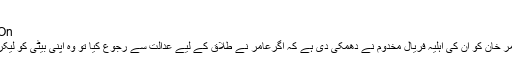
- پاک کالمنسٹ
On اگست 26, 2017 560
لندن(آئی این پی) باکسر عامر خان کو ان کی اہلیہ فریال مخدوم نے دھمکی دی ہے کہ اگرعامر نے طلاق کے لیے عدالت سے رجوع کیا تو وہ اپنی بیٹی کو لیکر امریکا منتقل ہوجائیں گی۔